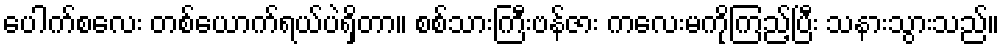
ပေါက်စလေး တစ်ယောက်ရယ်ပဲရှိတာ။ စစ်သားကြီးဗန်ဇား ကလေးမကိုကြည့်ပြီး သနားသွားသည်။